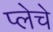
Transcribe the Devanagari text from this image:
प्लेचे